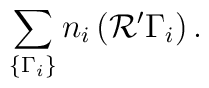
\sum_{\{\Gamma_{i}\}} n_{i}\left ({\cal R'} \Gamma_{i}\right).